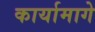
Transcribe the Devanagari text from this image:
कार्यामागे